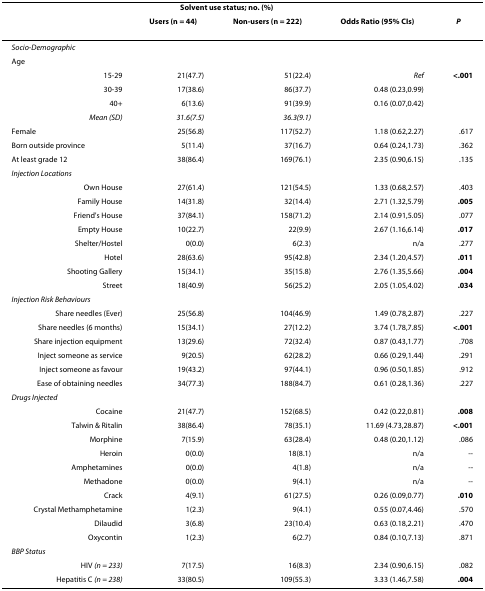
<table><thead><tr><td></td><td colspan="2"><b>Solvent use status; no. (%)</b></td><td></td><td></td></tr><tr><td></td><td><b>Users (n = 44)</b></td><td><b>Non-users (n = 222)</b></td><td><b>Odds Ratio (95% CIs)</b></td><td><b><i>P</i></b></td></tr></thead><tbody><tr><td><i>Socio-Demographic</i></td><td></td><td></td><td></td><td></td></tr><tr><td>Age</td><td></td><td></td><td></td><td></td></tr><tr><td>15-29</td><td>21(47.7)</td><td>51(22.4)</td><td><i>Ref</i></td><td><b>&lt;.001</b></td></tr><tr><td>30-39</td><td>17(38.6)</td><td>86(37.7)</td><td>0.48 (0.23,0.99)</td><td></td></tr><tr><td>40+</td><td>6(13.6)</td><td>91(39.9)</td><td>0.16 (0.07,0.42)</td><td></td></tr><tr><td><i>Mean (SD)</i></td><td><i>31.6(7.5)</i></td><td><i>36.3(9.1)</i></td><td></td><td></td></tr><tr><td>Female</td><td>25(56.8)</td><td>117(52.7)</td><td>1.18 (0.62,2.27)</td><td>.617</td></tr><tr><td>Born outside province</td><td>5(11.4)</td><td>37(16.7)</td><td>0.64 (0.24,1.73)</td><td>.362</td></tr><tr><td>At least grade 12</td><td>38(86.4)</td><td>169(76.1)</td><td>2.35 (0.90,6.15)</td><td>.135</td></tr><tr><td><i>Injection Locations</i></td><td></td><td></td><td></td><td></td></tr><tr><td>Own House</td><td>27(61.4)</td><td>121(54.5)</td><td>1.33 (0.68,2.57)</td><td>.403</td></tr><tr><td>Family House</td><td>14(31.8)</td><td>32(14.4)</td><td>2.71 (1.32,5.79)</td><td><b>.005</b></td></tr><tr><td>Friend&#x27;s House</td><td>37(84.1)</td><td>158(71.2)</td><td>2.14 (0.91,5.05)</td><td>.077</td></tr><tr><td>Empty House</td><td>10(22.7)</td><td>22(9.9)</td><td>2.67 (1.16,6.14)</td><td><b>.017</b></td></tr><tr><td>Shelter/Hostel</td><td>0(0.0)</td><td>6(2.3)</td><td>n/a</td><td>.277</td></tr><tr><td>Hotel</td><td>28(63.6)</td><td>95(42.8)</td><td>2.34 (1.20,4.57)</td><td><b>.011</b></td></tr><tr><td>Shooting Gallery</td><td>15(34.1)</td><td>35(15.8)</td><td>2.76 (1.35,5.66)</td><td><b>.004</b></td></tr><tr><td>Street</td><td>18(40.9)</td><td>56(25.2)</td><td>2.05 (1.05,4.02)</td><td><b>.034</b></td></tr><tr><td><i>Injection Risk Behaviours</i></td><td></td><td></td><td></td><td></td></tr><tr><td>Share needles (Ever)</td><td>25(56.8)</td><td>104(46.9)</td><td>1.49 (0.78,2.87)</td><td>.227</td></tr><tr><td>Share needles (6 months)</td><td>15(34.1)</td><td>27(12.2)</td><td>3.74 (1.78,7.85)</td><td><b>&lt;.001</b></td></tr><tr><td>Share injection equipment</td><td>13(29.6)</td><td>72(32.4)</td><td>0.87 (0.43,1.77)</td><td>.708</td></tr><tr><td>Inject someone as service</td><td>9(20.5)</td><td>62(28.2)</td><td>0.66 (0.29,1.44)</td><td>.291</td></tr><tr><td>Inject someone as favour</td><td>19(43.2)</td><td>97(44.1)</td><td>0.96 (0.50,1.85)</td><td>.912</td></tr><tr><td>Ease of obtaining needles</td><td>34(77.3)</td><td>188(84.7)</td><td>0.61 (0.28,1.36)</td><td>.227</td></tr><tr><td><i>Drugs Injected</i></td><td></td><td></td><td></td><td></td></tr><tr><td>Cocaine</td><td>21(47.7)</td><td>152(68.5)</td><td>0.42 (0.22,0.81)</td><td><b>.008</b></td></tr><tr><td>Talwin &amp; Ritalin</td><td>38(86.4)</td><td>78(35.1)</td><td>11.69 (4.73,28.87)</td><td><b>&lt;.001</b></td></tr><tr><td>Morphine</td><td>7(15.9)</td><td>63(28.4)</td><td>0.48 (0.20,1.12)</td><td>.086</td></tr><tr><td>Heroin</td><td>0(0.0)</td><td>18(8.1)</td><td>n/a</td><td>--</td></tr><tr><td>Amphetamines</td><td>0(0.0)</td><td>4(1.8)</td><td>n/a</td><td>--</td></tr><tr><td>Methadone</td><td>0(0.0)</td><td>9(4.1)</td><td>n/a</td><td>--</td></tr><tr><td>Crack</td><td>4(9.1)</td><td>61(27.5)</td><td>0.26 (0.09,0.77)</td><td><b>.010</b></td></tr><tr><td>Crystal Methamphetamine</td><td>1(2.3)</td><td>9(4.1)</td><td>0.55 (0.07,4.46)</td><td>.570</td></tr><tr><td>Dilaudid</td><td>3(6.8)</td><td>23(10.4)</td><td>0.63 (0.18,2.21)</td><td>.470</td></tr><tr><td>Oxycontin</td><td>1(2.3)</td><td>6(2.7)</td><td>0.84 (0.10,7.13)</td><td>.871</td></tr><tr><td><i>BBP Status</i></td><td></td><td></td><td></td><td></td></tr><tr><td>HIV <i>(n = 233)</i></td><td>7(17.5)</td><td>16(8.3)</td><td>2.34 (0.90,6.15)</td><td>.082</td></tr><tr><td>Hepatitis C <i>(n = 238)</i></td><td>33(80.5)</td><td>109(55.3)</td><td>3.33 (1.46,7.58)</td><td><b>.004</b></td></tr></tbody></table>